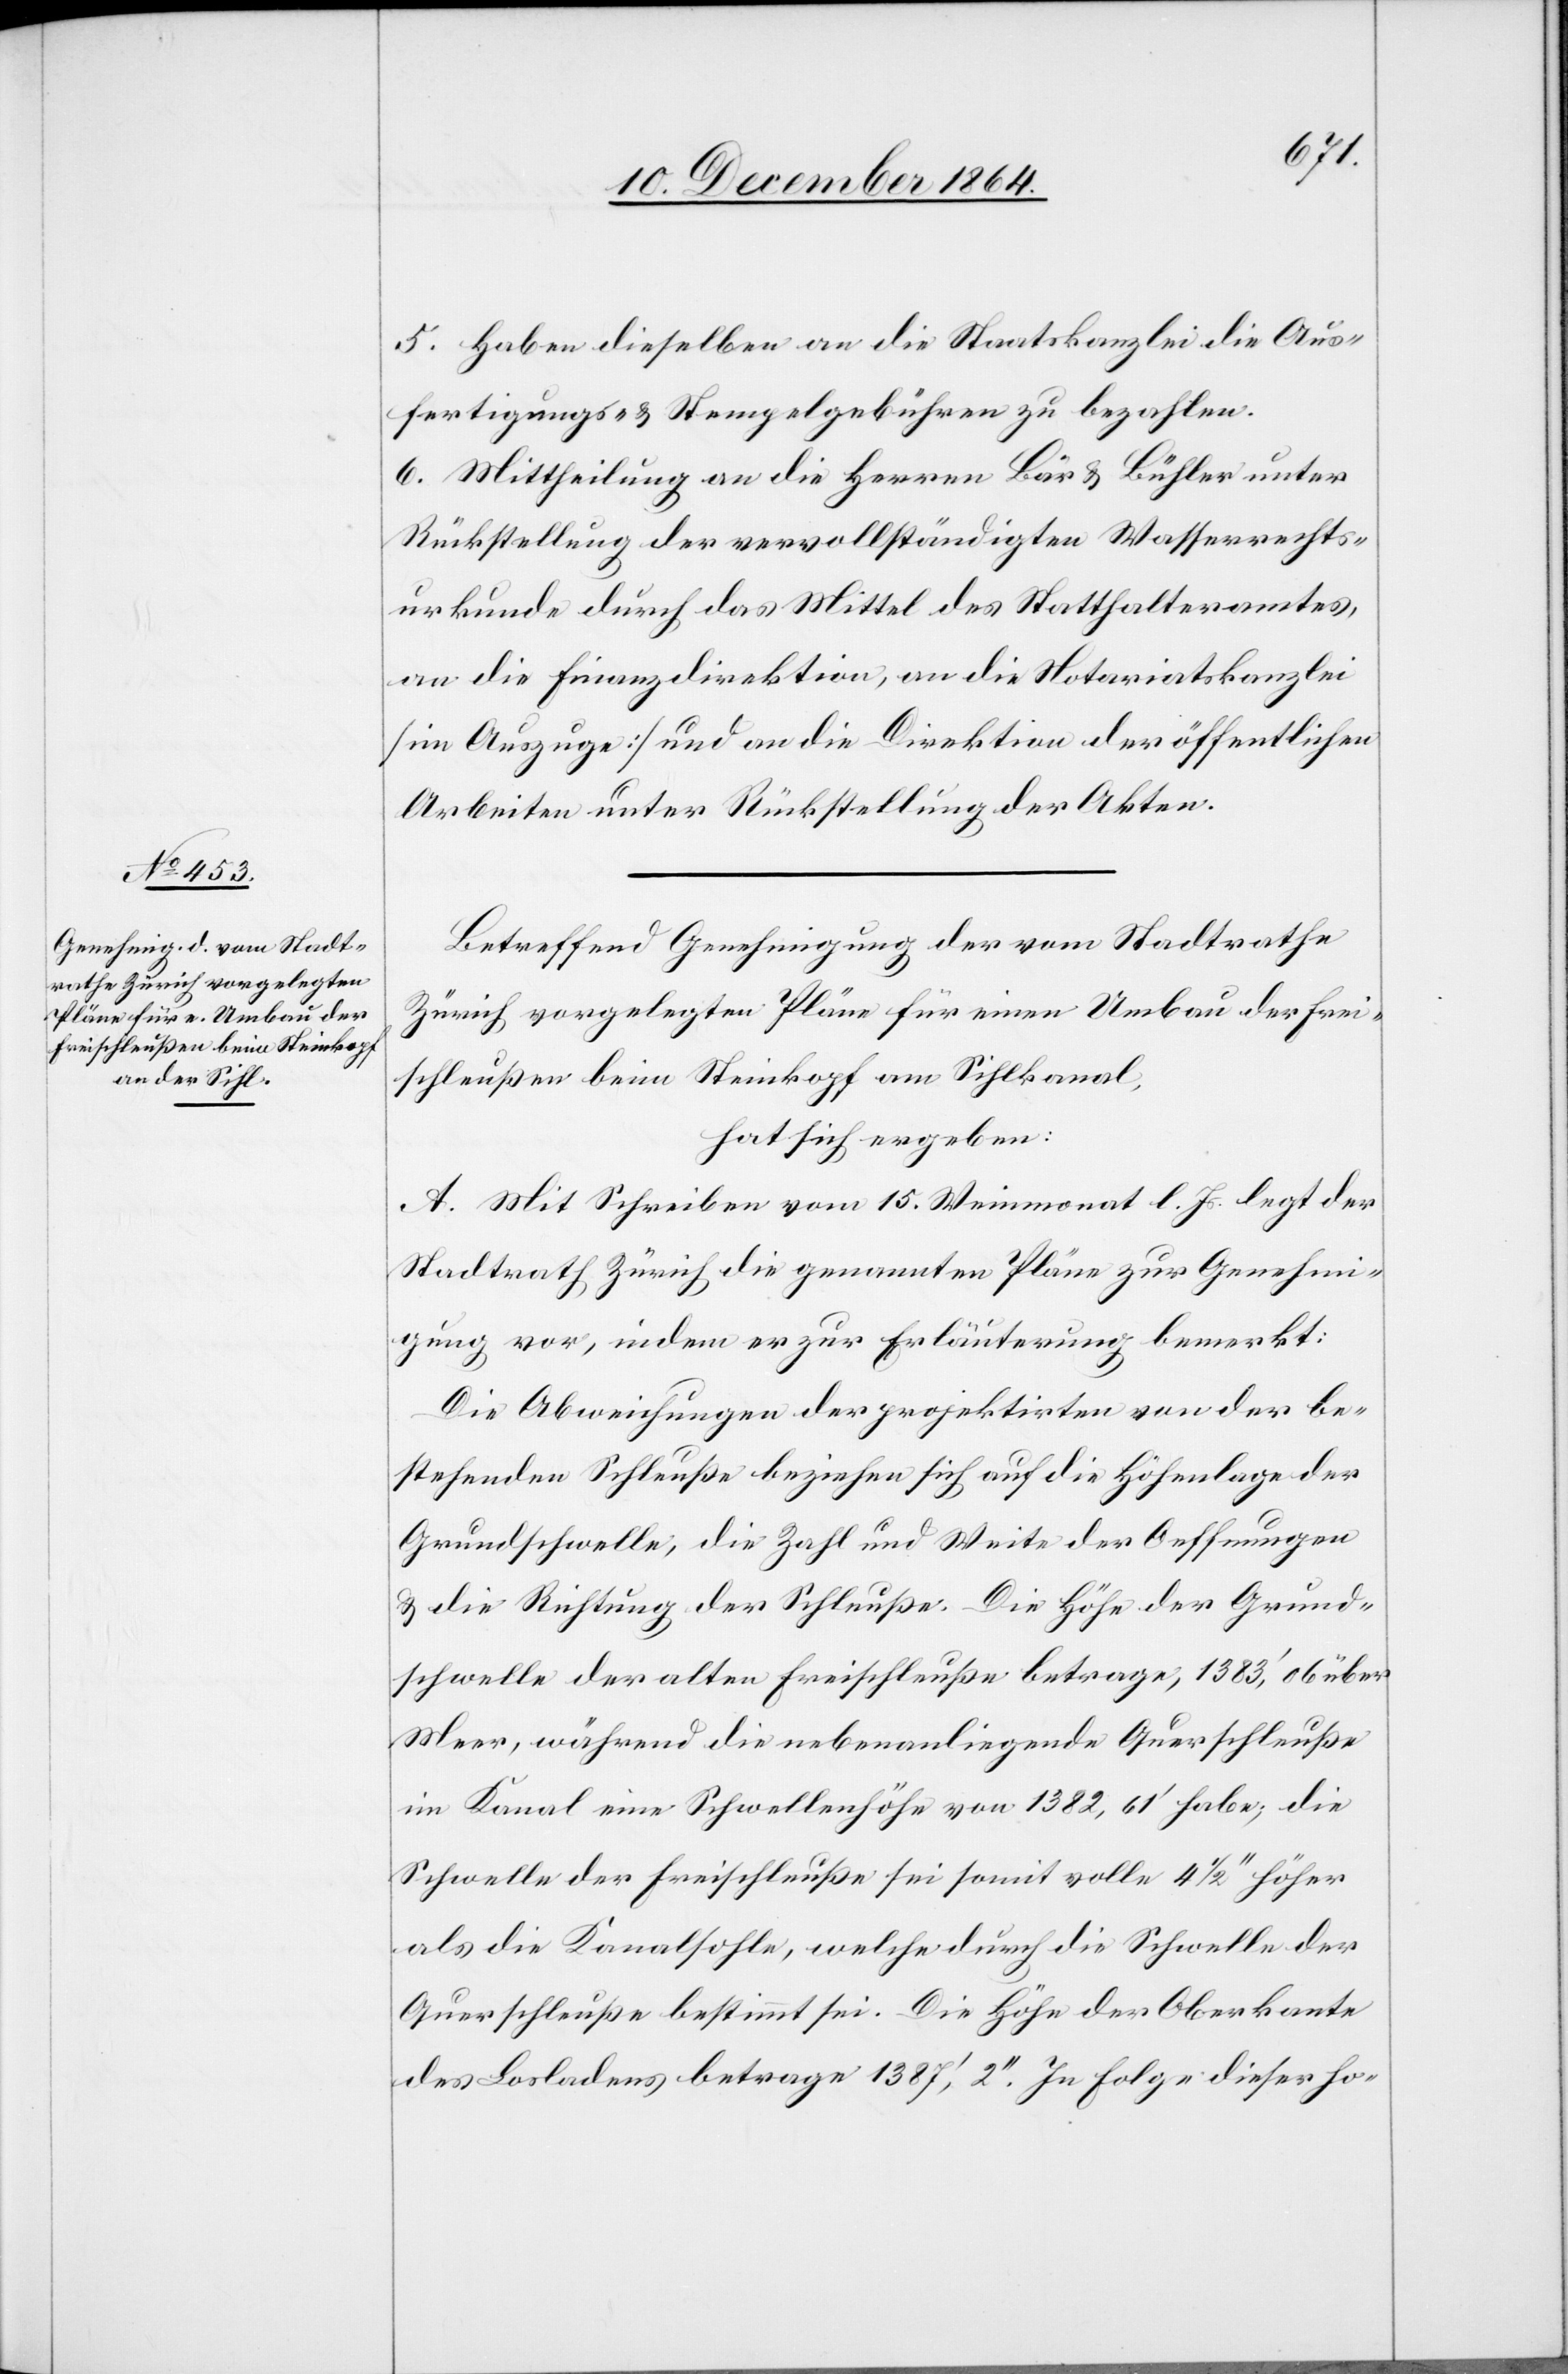
5. Haben dieselben an die Staatskanzlei die Aus¬
fertigungs- & Stempelgebühren zu bezahlen.
6. Mittheilung an die Herren Bär & Bühler unter
Rückstellung der vervollständigten Wasserrechts¬
urkunde durch das Mittel des Statthalteramtes,
an die Finanzdirektion, an die Notariatskanzlei
[im Auszuge] und an die Direktion der öffentlichen
Arbeiten unter Rückstellung der Akten.
Betreffend Genehmigung der vom Stadtrathe
Zürich vorgelegten Pläne für einen Umbau der Frei¬
schleußen beim Steinkopf am Sihlkanal,
hat sich ergeben:
A. Mit Schreiben vom 15. Weinmonat l. Js. legt der
Stadtrath Zürich die genannten Pläne zur Genehmi¬
gung vor, indem er zur Erläuterung bemerkt:
Die Abweichungen der projektirten von der be¬
stehenden Schleuße beziehen sich auf die Höhenlage der
Grundschwelle, die Zahl und Weite der Oeffnungen
& die Richtung der Schleuße. Die Höhe der Grund¬
schwelle der alten Freischleuße betrage, 1 383’,06 über
Meer, während die nebenanliegende Querschleuße
im Kanal eine Schwellhöhe von 1 382,61’ habe; die
Schwelle der Freischleuße sei somit volle 4 1/2’’ höher
als die Kanalsohle, welche durch die Schwelle der
Querschleuße bestimmt sei. Die Höhe der Oberkante
des Losladens betrage 1 387’,2’’. In Folge dieser ho-